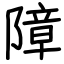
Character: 障